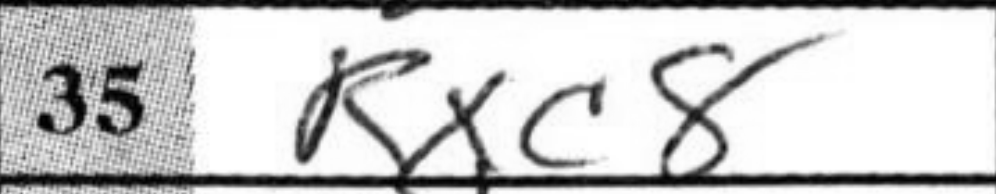
Transcription: Rxc8